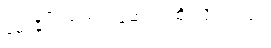
မေးခိုင်ကာကွယ်ဆေးပဲ ထိုးလို့ရတယ်။